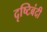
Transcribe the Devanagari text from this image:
दृष्टिबंदी